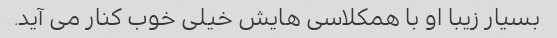
بسیار زیبا او با همکلاسی هایش خیلی خوب کنار می آید.